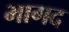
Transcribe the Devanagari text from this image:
भागद